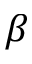
\beta